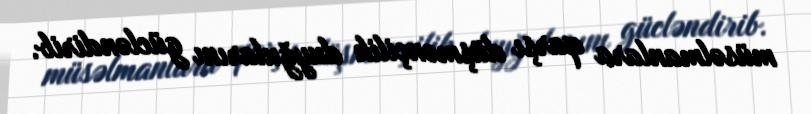
müsəlmanlara qarşı düşmənçilik duyğularını gücləndirib.